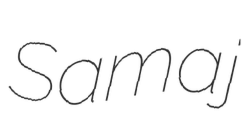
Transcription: Samaj